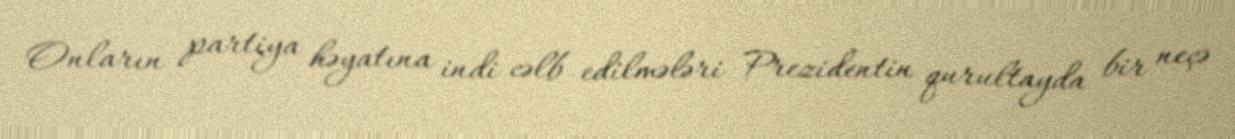
Onların partiya həyatına indi cəlb edilmələri Prezidentin qurultayda bir neçə